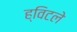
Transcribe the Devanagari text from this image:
ह्विटले